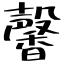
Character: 馨